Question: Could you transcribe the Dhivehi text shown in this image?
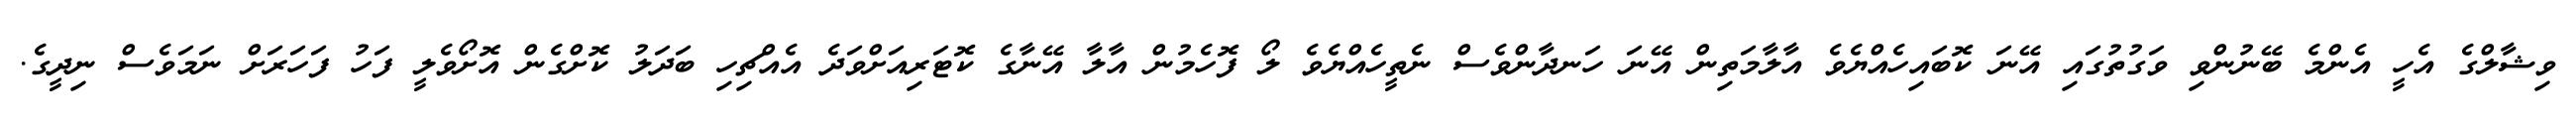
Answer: ވިޝާލްގެ އެހީ އެންމެ ބޭނުންވި ވަގުތުގައި އޭނަ ކޮބައިހެއްޔެވެ އާލާމަތިން އޭނަ ހަނދާންވެސް ނެތީހެއްޔެވެ ލޯ ފޮހެމުން އާލާ އޭނާގެ ކޮޓަރިއަށްވަދެ އެއްޗިހި ބަދަލު ކޮށްގެން އޮށޯވެލީ ފަހު ފަހަރަށް ނަމަވެސް ނިދީގެ.